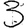
Digit: 3